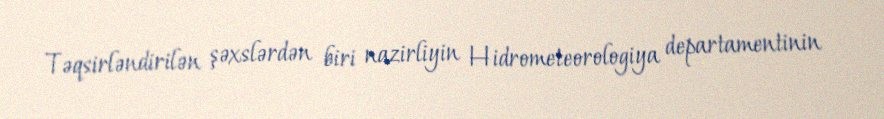
Təqsirləndirilən şəxslərdən biri nazirliyin Hidrometeorologiya departamentinin